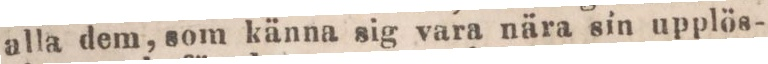
alla dem, som känna sig vara nära sin upplös-